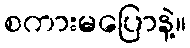
စကားမပြောနဲ့။